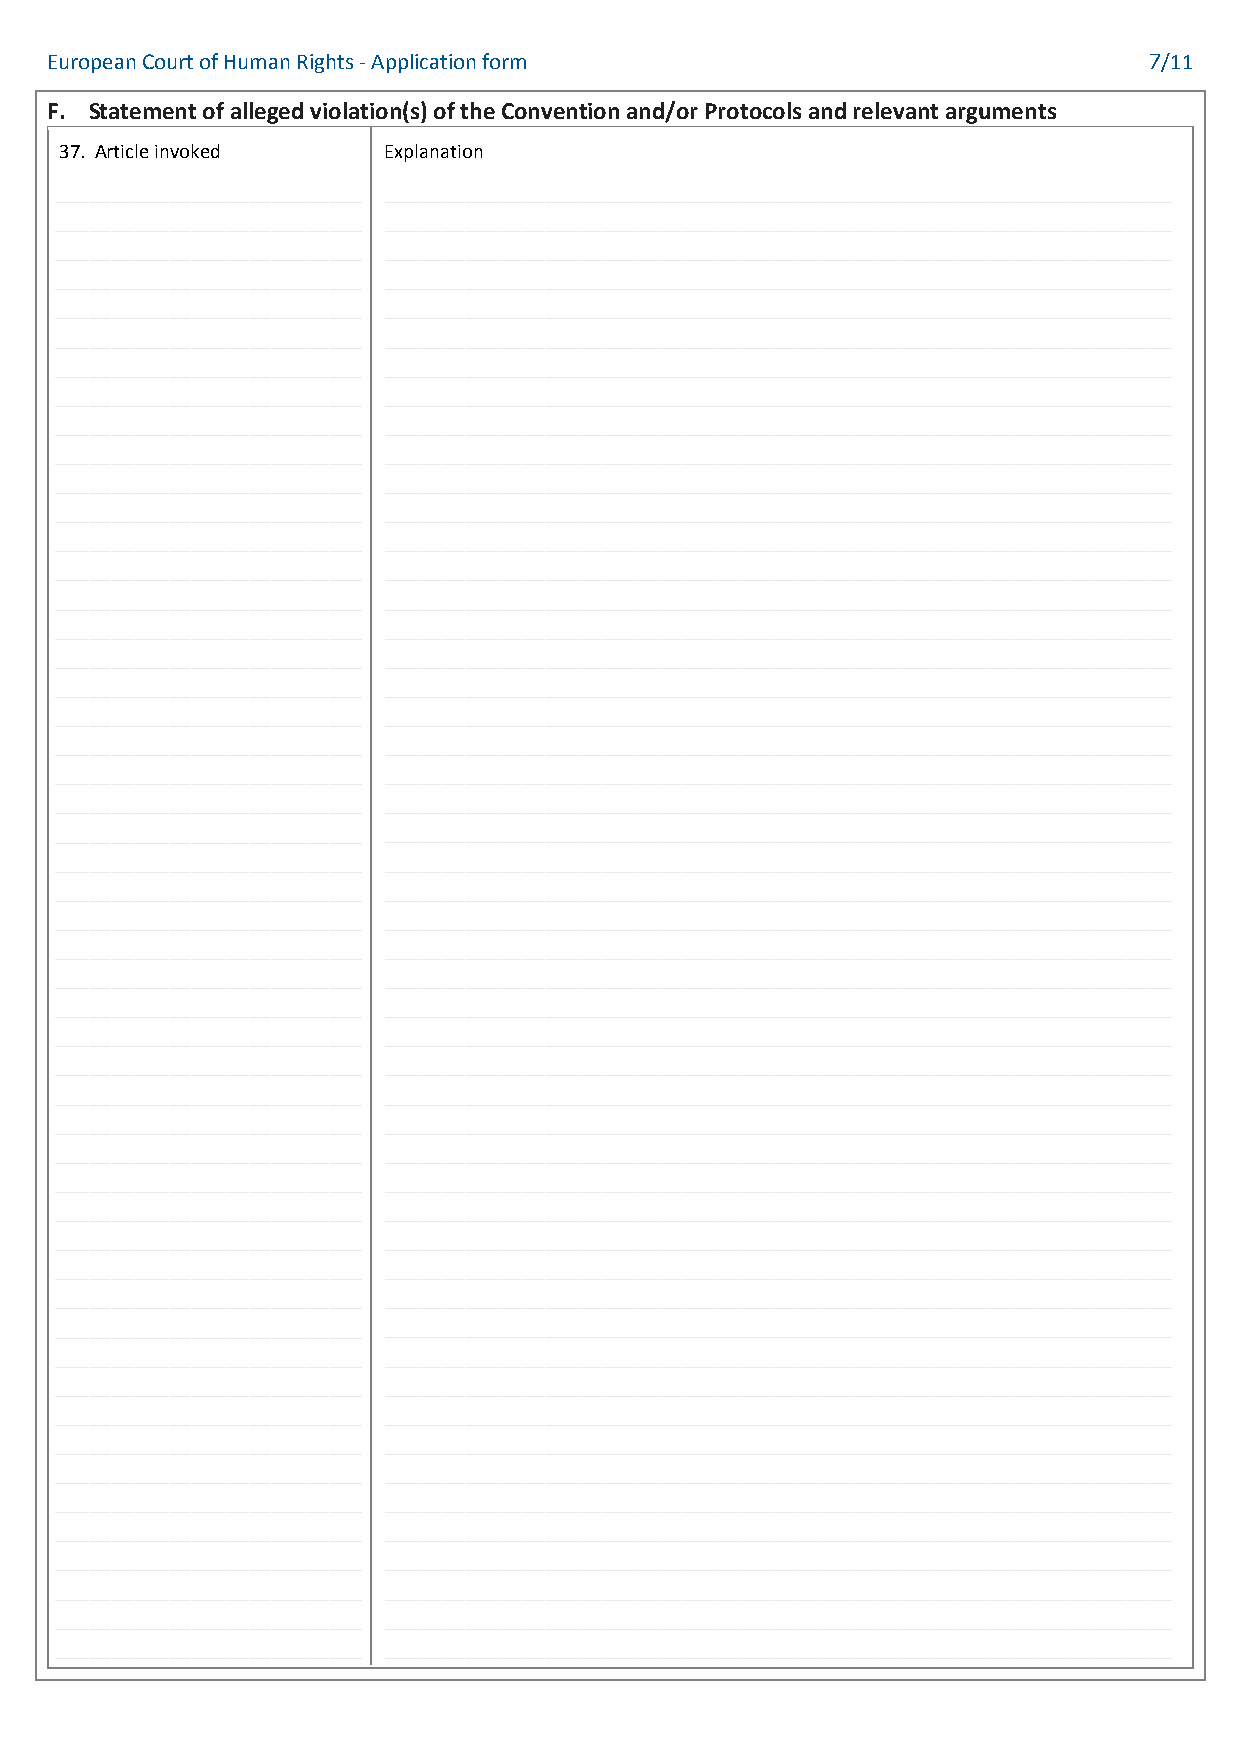
European Court of Human Rights - Application form                        7/11
 F. Statement of alleged violation(s) of the Convention and/or Protocols and relevant arguments
 37. Article invoked  Explanation
 ___________________________ _____________________________________________________________________
 ___________________________ _____________________________________________________________________
 ___________________________ _____________________________________________________________________
 ___________________________ _____________________________________________________________________
 ___________________________ _____________________________________________________________________
 ___________________________ _____________________________________________________________________
 ___________________________ _____________________________________________________________________
 ___________________________ _____________________________________________________________________
 ___________________________ _____________________________________________________________________
 ___________________________ _____________________________________________________________________
 ___________________________ _____________________________________________________________________
 ___________________________ _____________________________________________________________________
 ___________________________ _____________________________________________________________________
 ___________________________ _____________________________________________________________________
 ___________________________ _____________________________________________________________________
 ___________________________ _____________________________________________________________________
 ___________________________ _____________________________________________________________________
 ___________________________ _____________________________________________________________________
 ___________________________ _____________________________________________________________________
 ___________________________ _____________________________________________________________________
 ___________________________ _____________________________________________________________________
 ___________________________ _____________________________________________________________________
 ___________________________ _____________________________________________________________________
 ___________________________ _____________________________________________________________________
 ___________________________ _____________________________________________________________________
 ___________________________ _____________________________________________________________________
 ___________________________ _____________________________________________________________________
 ___________________________ _____________________________________________________________________
 ___________________________ _____________________________________________________________________
 ___________________________ _____________________________________________________________________
 ___________________________ _____________________________________________________________________
 ___________________________ _____________________________________________________________________
 ___________________________ _____________________________________________________________________
 ___________________________ _____________________________________________________________________
 ___________________________ _____________________________________________________________________
 ___________________________ _____________________________________________________________________
 ___________________________ _____________________________________________________________________
 ___________________________ _____________________________________________________________________
 ___________________________ _____________________________________________________________________
 ___________________________ _____________________________________________________________________
 ___________________________ _____________________________________________________________________
 ___________________________ _____________________________________________________________________
 ___________________________ _____________________________________________________________________
 ___________________________ _____________________________________________________________________
 ___________________________ _____________________________________________________________________
 ___________________________ _____________________________________________________________________
 ___________________________ _____________________________________________________________________
 ___________________________ _____________________________________________________________________
 ___________________________ _____________________________________________________________________
 ___________________________ _____________________________________________________________________
 ___________________________ _____________________________________________________________________